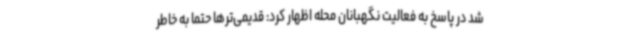
شد در پاسخ به فعالیت نگهبانان محله اظهار کرد: قدیمی‌ترها حتما به خاطر